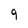
Character: 9